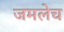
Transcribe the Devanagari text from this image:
जमलेच